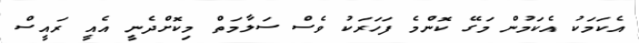
އެކަމަކު އެކަމުން މަގޭ ކޮންމެ ފަހަރަކު ވެސް ސަލާމަތް މިކޮށްދެނީ އެއީ ރައީސް